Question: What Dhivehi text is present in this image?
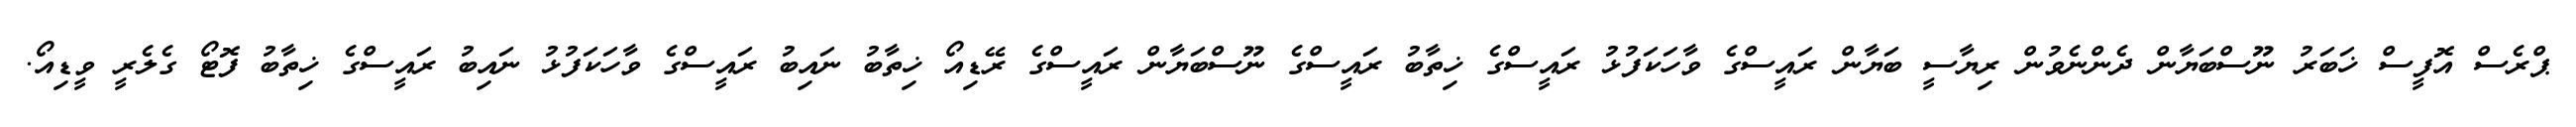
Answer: ޕްރެސް އޮފީސް ޚަބަރު ނޫސްބަޔާން ދެންނެވުން ރިޔާސީ ބަޔާން ރައީސްގެ ވާހަކަފުޅު ރައީސްގެ ޚިތާބު ރައީސްގެ ނޫސްބަޔާން ރައީސްގެ ރޭޑިއޯ ޚިތާބު ނައިބު ރައީސްގެ ވާހަކަފުޅު ނައިބު ރައީސްގެ ޚިތާބު ފޮޓޯ ގެލެރީ ވީޑިއޯ.